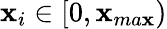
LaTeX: \mathbf{x}_{i}\in[0,\mathbf{x}_{ma\mathbf{x}})